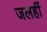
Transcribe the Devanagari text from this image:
जलहीं